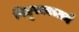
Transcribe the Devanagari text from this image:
विदूषकाचार्य